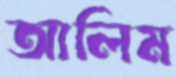
আলিম